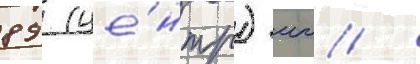
89 (це́нтр) мм /